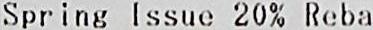
SPRING ISSUE 20% REBA